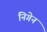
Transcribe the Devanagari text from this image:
निगेन